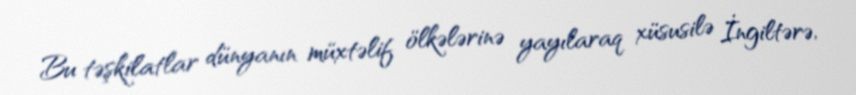
Bu təşkilatlar dünyanın müxtəlif ölkələrinə yayılaraq xüsusilə İngiltərə,